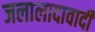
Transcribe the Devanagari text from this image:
जलालादावादी